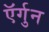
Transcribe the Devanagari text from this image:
ऍर्गुन